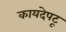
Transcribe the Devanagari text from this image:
कायदेपटू